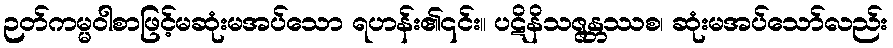
ဉတ်ကမ္မဝါစာဖြင့်မဆုံးမအပ်သော ရဟန်း၏၎င်း။ ပဋိနိသဇ္ဇန္တဿစ၊ ဆုံးမအပ်သော်လည်း